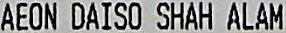
AEON DAISO SHAH ALAM